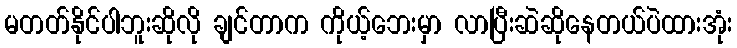
မတတ်နိုင်ပါဘူးဆိုလို ချင်တာက ကိုယ့်ဘေးမှာ လာပြီးဆဲဆိုနေတယ်ပဲထားအုံး